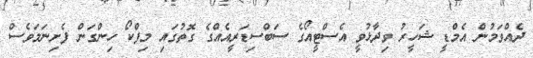
ދެއްވަމުން އެމްޑީ ޝަހީރު ވިދާޅުވީ އެސްޓީއޯގެ ސަބްސިޑަރީއެއްގެ ގޮތުގައި މިފްކޯ ހިންގަން ފެށިނަމަވެސް